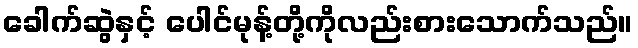
ခေါက်ဆွဲနှင့် ပေါင်မုန့်တို့ကိုလည်းစားသောက်သည်။